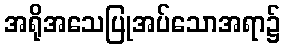
အရိုအသေပြုအပ်သောအရာ၌